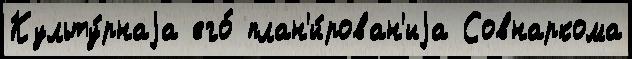
Культу́рнаjа его́ план'и́рован'иjа Совнаркома